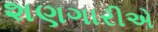
શણગારીએ